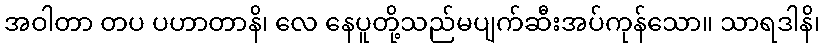
အဝါတာ တပ ပဟာတာနိ၊ လေ နေပူတို့သည်မပျက်ဆီးအပ်ကုန်သော။ သာရဒါနိ၊